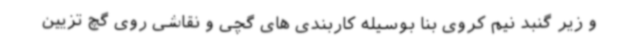
و زیر گنبد نیم کروی بنا بوسیله کاربندی های گچی و نقاشی روی گچ تزیین